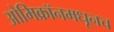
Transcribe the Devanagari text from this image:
ओमिक्रॉनमधूनच